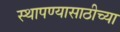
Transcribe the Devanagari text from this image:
स्थापण्यासाठीच्या